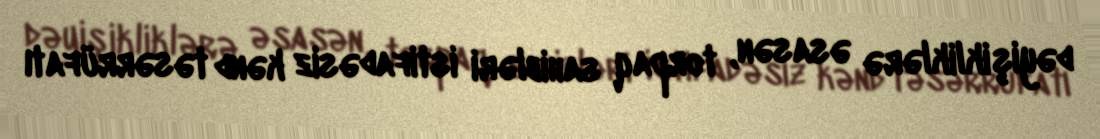
dəyişikliklərə əsasən, torpaq sahibləri istifadəsiz kənd təsərrüfatı